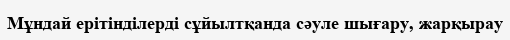
Мұндай ерітінділерді сұйылтқанда сәуле шығару, жарқырау